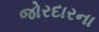
જોરદારના